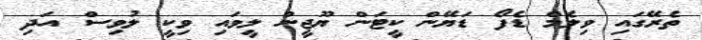
ތެރޭގައި ވިލެމް ޑެފޯ ޑަޔޭން ކީޓަން ޔޫޖީން ލީވައި ވިކީ ލުވިސް އަދި